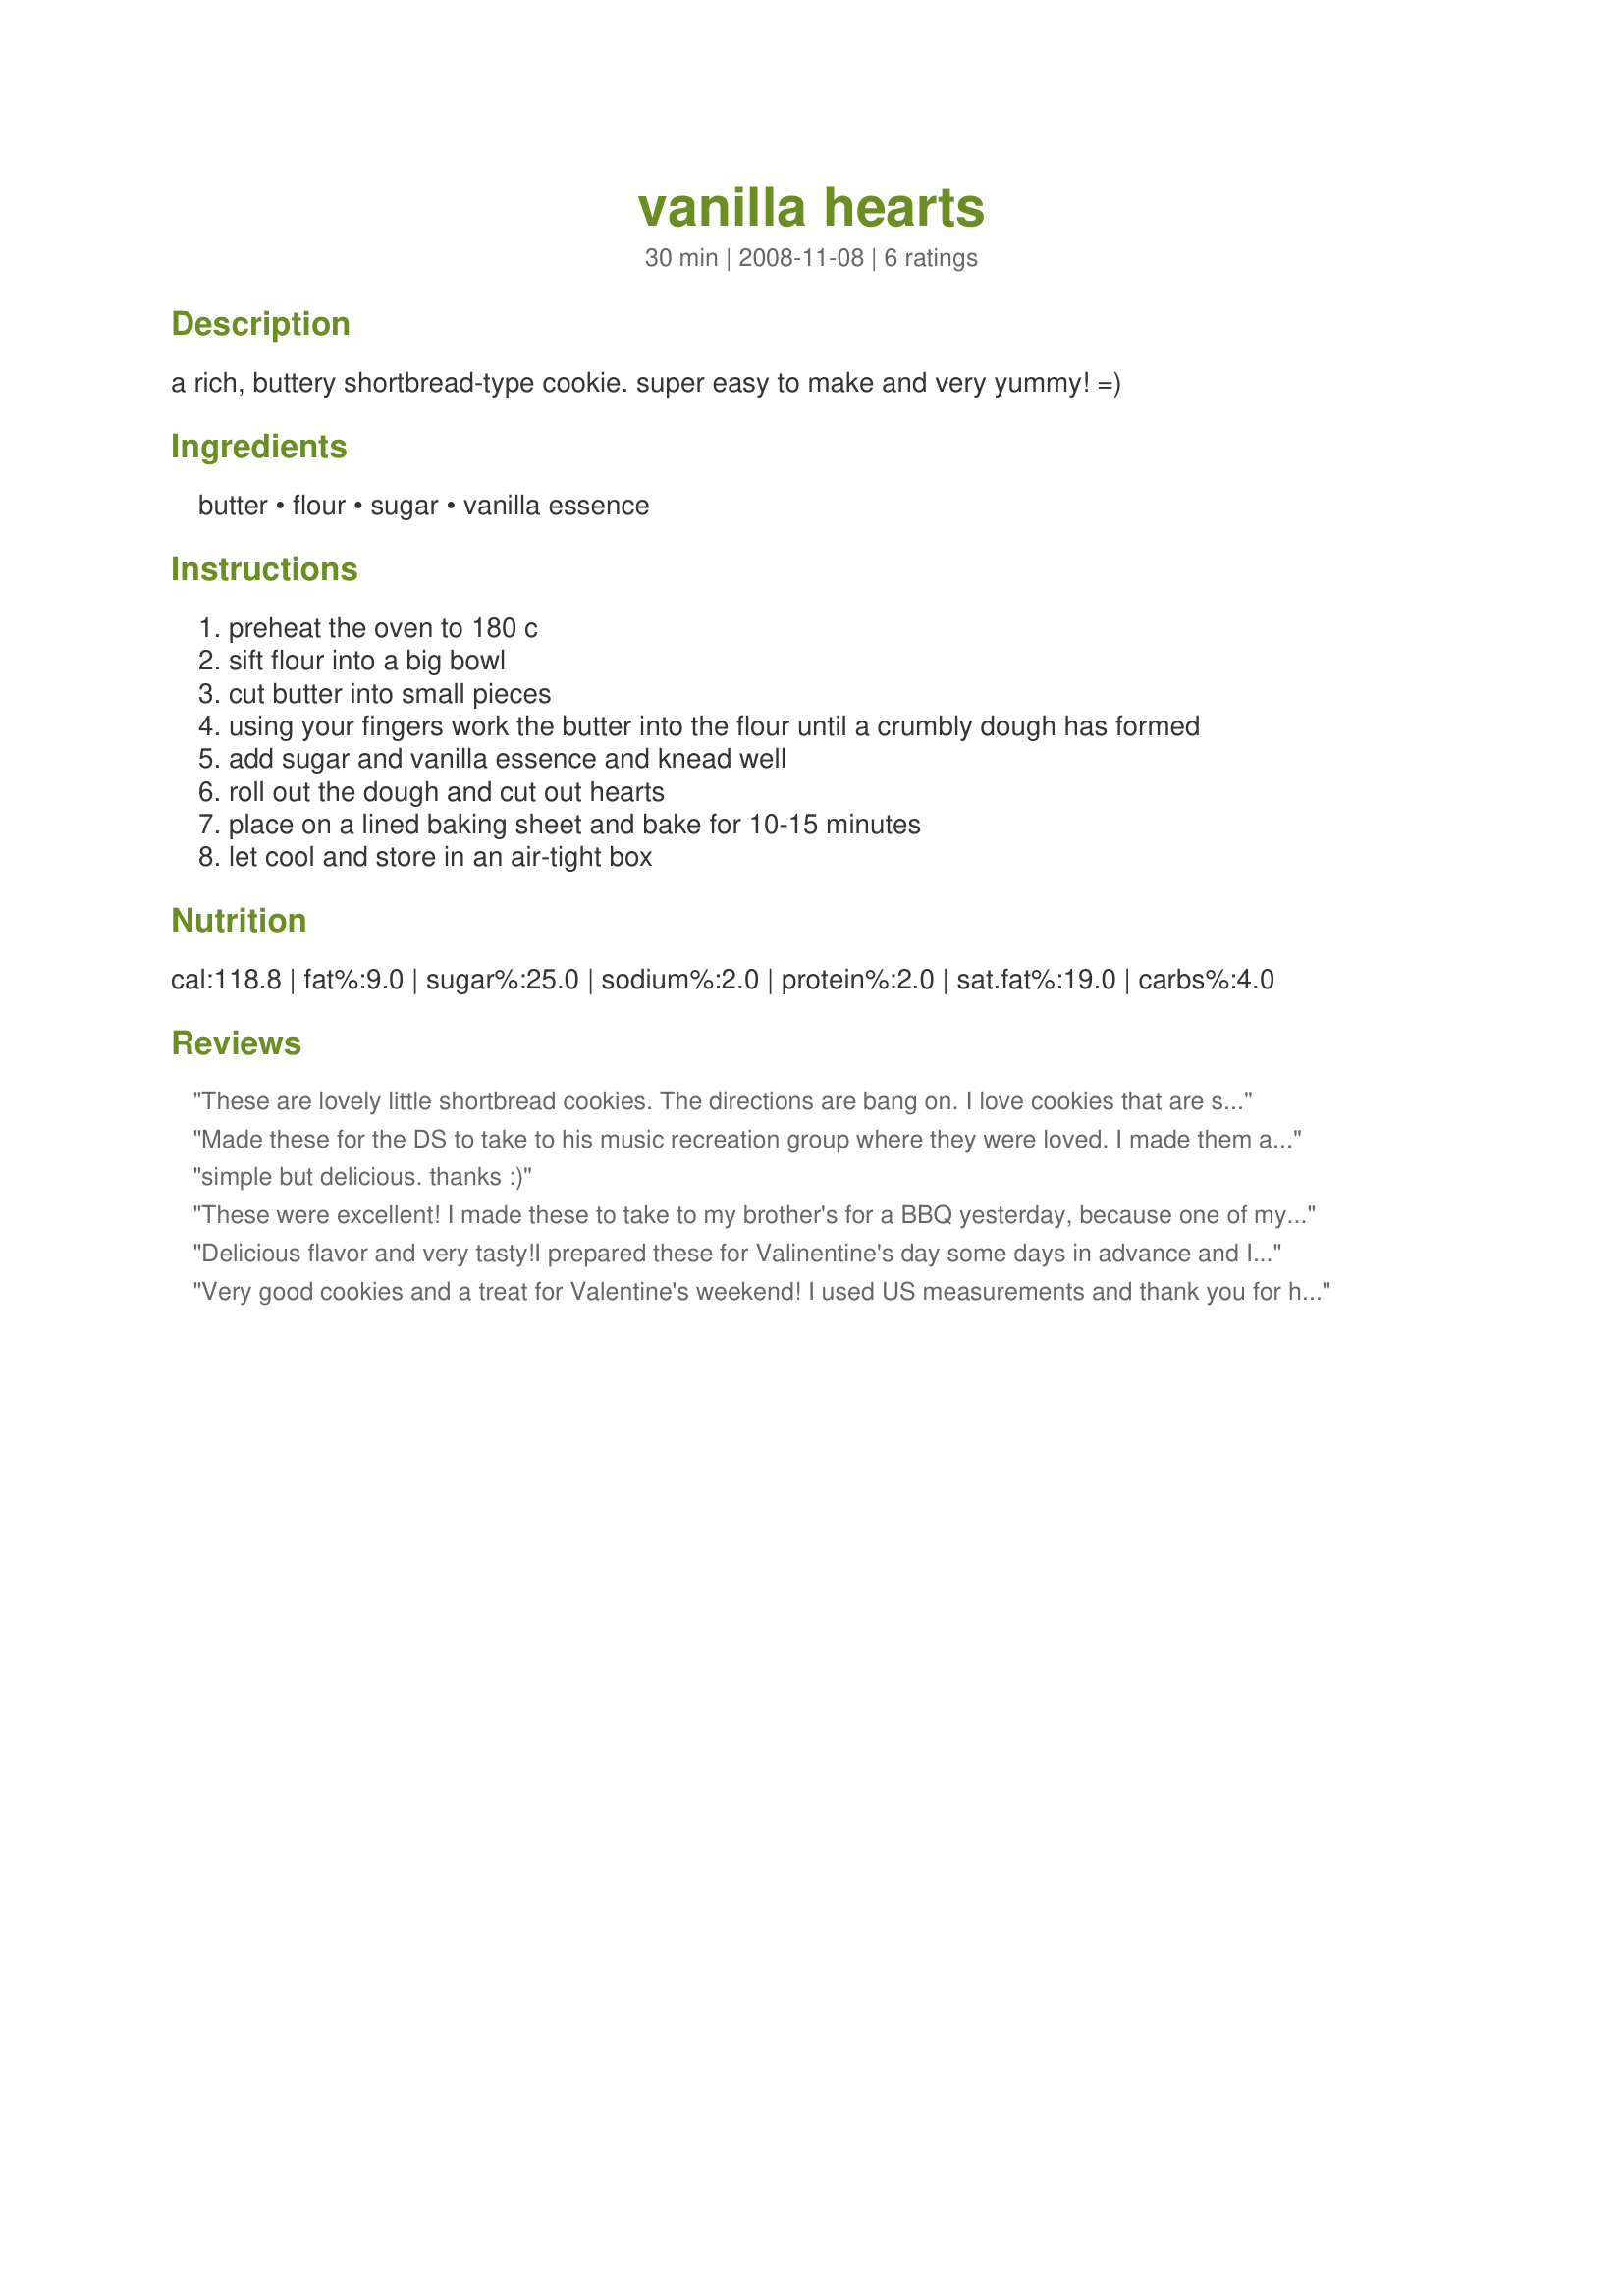
vanilla hearts
Preparation time: 30 minutes

a rich, buttery shortbread-type cookie. super easy to make and very yummy! =)

Ingredients:
butter, flour, sugar, vanilla essence

Steps:
preheat the oven to 180 c
sift flour into a big bowl
cut butter into small pieces
using your fingers work the butter into the flour until a crumbly dough has formed
add sugar and vanilla essence and knead well
roll out the dough and cut out hearts
place on a lined baking sheet and bake for 10-15 minutes
let cool and store in an air-tight box

Reviews:
These are lovely little shortbread cookies. The directions are bang on. I love cookies that are simple and quick to whip up. Made for Sweet Traditions Tag.
Made these for the DS to take to his music recreation group where they were loved. I made them as small hearts and got 43 out of the mix. Baked at 175C fan forced for 10 minutes. One tip I would like to give is I found it easier to roll the dough out between 2 pieces of baking paper/parchment paper and I also used a food processor to mix the butter in and to do the initial kneading which made it a breeze to make. Thank you Lalaloula, made for Aussie/Kiwi Swap #41 June 2010.
simple but delicious. thanks :)
These were excellent! I made these to take to my brother's for a BBQ yesterday, because one of my nieces can't have any dairy. I use US measurements, and the chef was very nice in helping with conversions. It took me about 15 minutes or so to get the dough to the right consistency (it started off like beach sand and ended up like play doh), using my hands. One thing I would do differently next time is to use a more shallow mixing bowl. The one I used was a little deeper, with straighter sides, and it was difficult to mix in. I rolled my cookies to about half an inch thick between two sheets of wax paper (the scraps were pretty easy to re-roll too), refrigerated them while I made Recipe #430869, and baked for 10 minutes. I then let them cool for 5 minutes on the pan before moving them to a wire rack. I only have a 2 1/2" heart cookie cutter, so the recipe only made 11 big cookies for me (they did spread a TINY bit). They came out really pretty and everyone loved them! If you're using frosting, I recommend piping it on because even baked, the cookies have a somewhat delicate texture. I sent the recipe to my sister-in-law, and I will definitely make these again. I'm very glad I tried this recipe, thanks! Made for the 1~2~3 Hit Wonders tag game.
Delicious flavor and very tasty!<br/>I prepared these for Valinentine's day some days in advance and I decorated them with some leftover glaze (white, green both frozen) I've prepared for Christmas.<br/>. I rolled the dough to 1 cm thickness only.<br/>They came out very pretty and I can't wait to give this cute present.<br/>Thanks a lot for this recipe and posting this in PRMR just in time...
Very good cookies and a treat for Valentine's weekend! I used US measurements and thank you for helping me with the conversions. I had two different size heart cookie cutters which worked out great for these cookies. Thanks for sharing!
